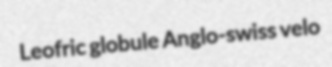
Leofric globule Anglo-swiss velo